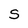
Character: S